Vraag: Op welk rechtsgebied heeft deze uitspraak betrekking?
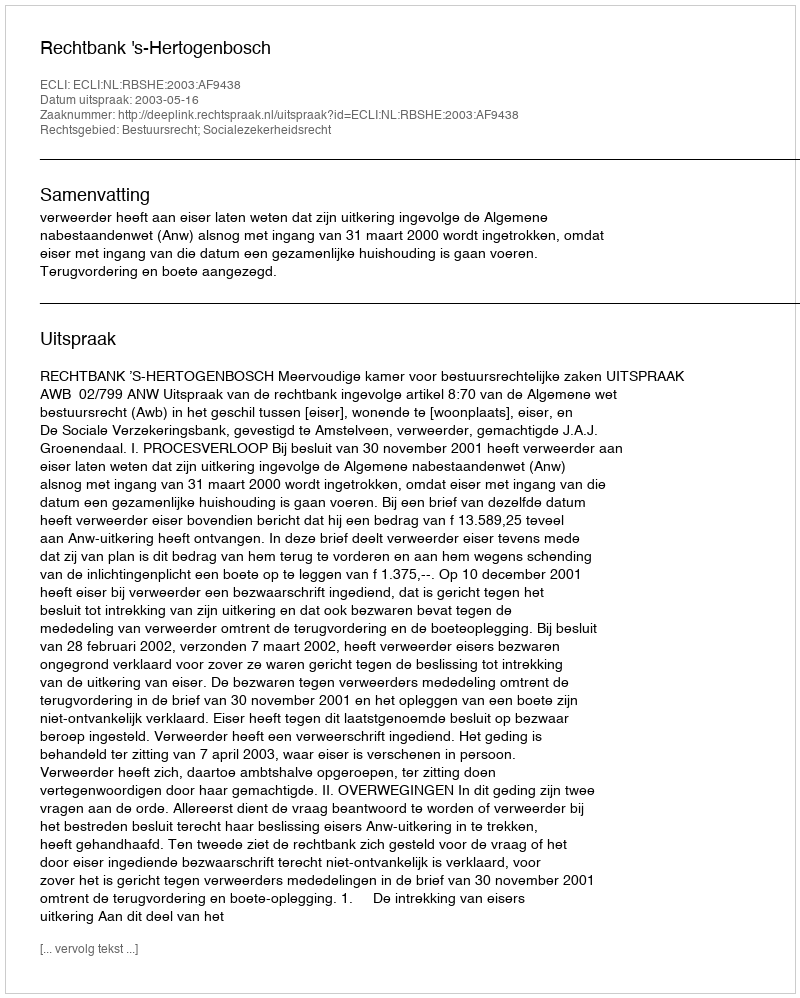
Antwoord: Bestuursrecht; Socialezekerheidsrecht